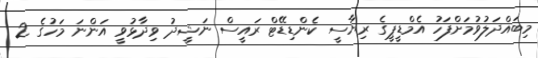
މިބައްދަލުވުމަށްފަހު އެމްޑީޕީގެ ރިޔާސީ ކެންޑިޑޭޓް ރައީސް ނަޝީދު ވިދާޅުވީ އަންނަ މަހުގެ 2